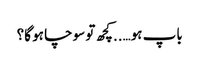
باپ ہو…..کچھ تو سوچا ہو گا؟